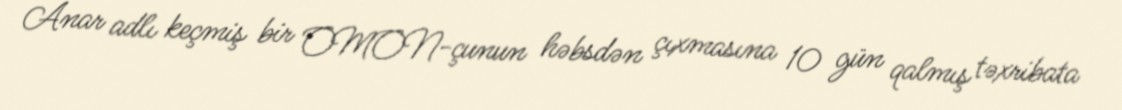
Anar adlı keçmiş bir OMON-çunun həbsdən çıxmasına 10 gün qalmış təxribata